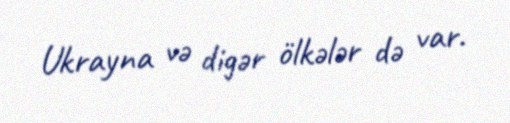
Ukrayna və digər ölkələr də var.